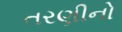
તરણીનો